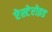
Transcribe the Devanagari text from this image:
ऐस्टेरोइड